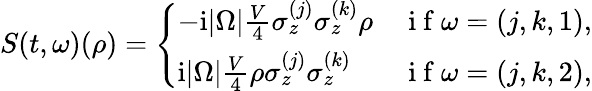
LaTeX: S(t,\omega)({\rho})=\left\{ \begin{array}{ll}{-\mathrm{i}|\Omega|\frac{V}{4}\sigma_{z}^{(j)}\sigma_{z}^{(k)}{\rho}}&{\mathrm{~i~f~}\omega=(j,k,1),}\\ {\mathrm{i}|\Omega|\frac{V}{4}{\rho}\sigma_{z}^{(j)}\sigma_{z}^{(k)}}&{\mathrm{~i~f~}\omega=(j,k,2),}\end{array}\right.